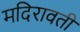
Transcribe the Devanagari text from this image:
मदिरावती